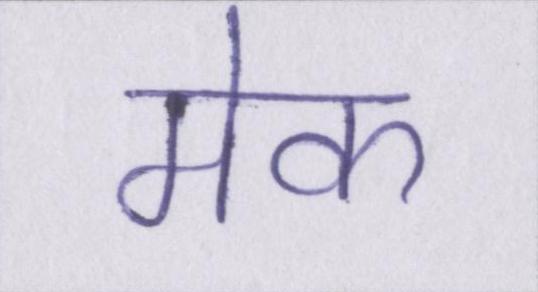
मेक